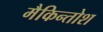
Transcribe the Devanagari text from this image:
मैकिन्तोश